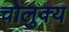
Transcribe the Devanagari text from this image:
चोलुक्य